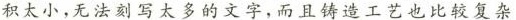
积太小,无法刻写太多的文字,而且铸造工艺也比较复杂